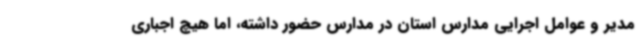
مدیر و عوامل اجرایی مدارس استان در مدارس حضور داشته، اما هیچ اجباری